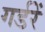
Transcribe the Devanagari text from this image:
गर्डरें